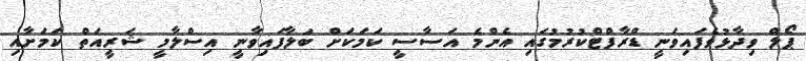
ޕޯލް ވިދާޅުވެފައިވަނީ ޑްރާފްޓްކުރުމުގައި އެންމެ އަސާސީ ކަމަކަށް ބަލާފައިވާނީ އިސްލާމީ ޝަރީއަތް ކަމަށާއި